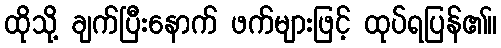
ထိုသို့ ချက်ပြီးနောက် ဖက်များဖြင့် ထုပ်ရပြန်၏။